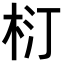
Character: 𣐘